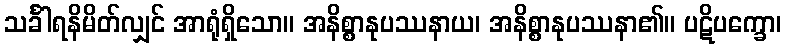
သင်္ခါရနိမိတ်လျှင် အာရုံရှိသော။ အနိစ္စာနုပဿနာယ၊ အနိစ္စာနုပဿနာ၏။ ပဋိပက္ခော၊